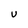
Character: U